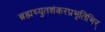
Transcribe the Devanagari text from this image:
ब्रह्मच्युतशंकरप्रभृतिभिर्‌